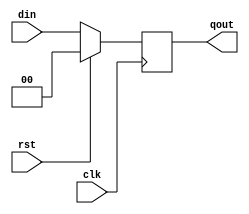
module RREG (qout, clk, rst, din);
//synchronous reset variable width register 
//active hi reset (rst); 
//only one Q output
//if used as flop, just instantiate with #1

parameter dwidth = 2;
output [dwidth-1:0] qout;
input clk, rst;
input [dwidth-1:0] din; 

reg   [dwidth-1:0] qout;

always @ (posedge clk)
if (rst)
    qout <= 0;
else
    qout <= din; 
endmodule